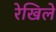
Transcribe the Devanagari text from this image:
रेखिले